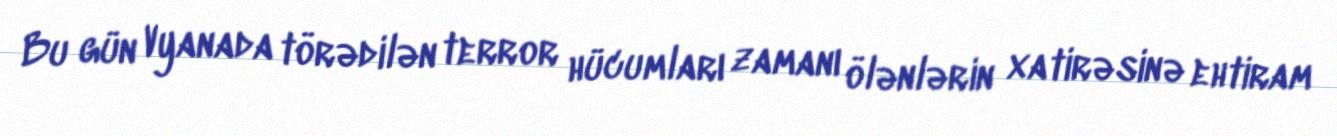
Bu gün Vyanada törədilən terror hücumları zamanı ölənlərin xatirəsinə ehtiram